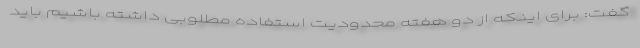
گفت: برای اینکه از دو هفته محدودیت استفاده مطلوبی داشته باشیم باید